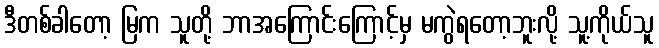
ဒီတစ်ခါတော့ မြက သူတို့ ဘာအကြောင်းကြောင့်မှ မကွဲရတော့ဘူးလို့ သူ့ကိုယ်သူ